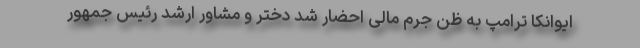
ایوانکا ترامپ به ظن جرم مالی احضار شد دختر و مشاور ارشد رئیس جمهور